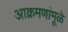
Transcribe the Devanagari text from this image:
आक्रमणांमूळे